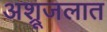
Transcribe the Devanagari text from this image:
अश्रूजलात